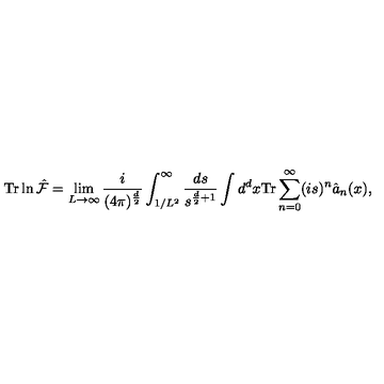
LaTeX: \mathrm { T r } \ln \hat { \cal F } = \lim _ { L \rightarrow \infty } \frac { i } { ( 4 \pi ) ^ { \frac { d } { 2 } } } \int _ { 1 / L ^ { 2 } } ^ { \infty } \frac { d s } { s ^ { \frac { d } { 2 } + 1 } } \int d ^ { d } x \mathrm { T r } \sum _ { n = 0 } ^ { \infty } ( i s ) ^ { n } \hat { a } _ { n } ( x ) ,